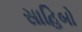
સાહિબો